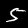
Label: 5